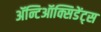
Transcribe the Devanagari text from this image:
ॲन्टिऑक्सिडेंट्स